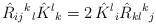
LaTeX: \begin{align*}\hat{R}_{ij}{}^k{}_l \hat{K}^l{}_k=2\, \hat{K}^l{}_i \hat{R}_{kl}{}^k{}_j\end{align*}